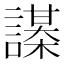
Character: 𧬔